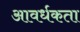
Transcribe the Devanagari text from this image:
आवर्धकता